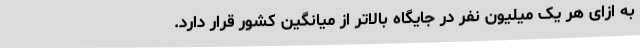
به ازای هر یک میلیون نفر در جایگاه بالاتر از میانگین کشور قرار دارد.